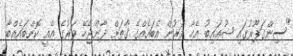
"ސިންގަޕޫރުގައި ޝުޢައިބު އެހާ ވަރުން އެބައެއްގެ ގާތަށް ދާންޖެހޭ ވަރުގެ އެއީ ކޮންބައެއްބާ